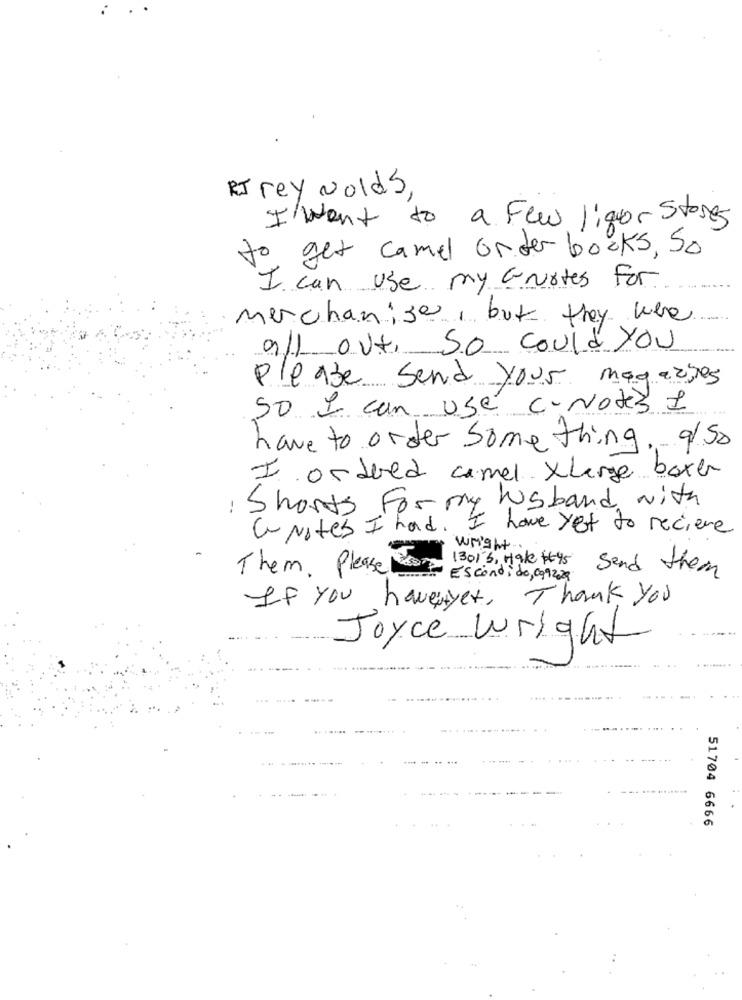
RI rey wolds,
I went to a Few liner Stores
to get camel order books, So
I can use my anotes for
Merchanise , but they were
all out, so could you
Please Send your magazines
50 I can use c- Notez 1
have to order some thingso
I ordered camel X large boxer
: Shorts For my husband with
a Notes I had. I have yet to recieve
wright
Them. Please!
1301 3, Hak #45 Send them
- Escondido, 099209
Thank you
If you haveyet,
Joyce Wright
51704 6666